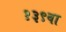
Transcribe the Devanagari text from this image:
१३९वा